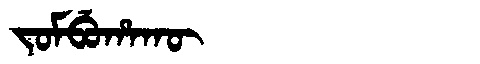
Manchu: ᠵᠣᠮᠪᡠᡥᠠᡴᡡ
Romanization: JOMBUHAKŪ